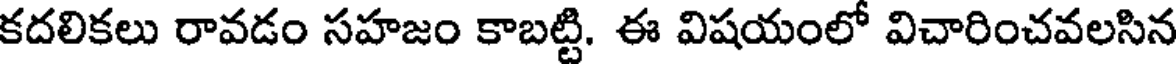
కదలికలు రావడం సహజం కాబట్టి. ఈ విషయంలో విచారించవలసిన